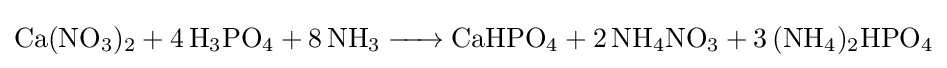
{\ce {Ca(NO3)2 + 4 H3PO4 + 8 NH3 -> CaHPO4 + 2 NH4NO3 + 3(NH4)2HPO4}}